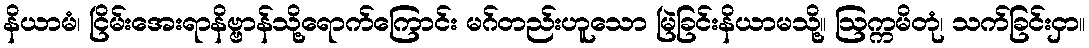
နိယာမံ၊ ငြိမ်းအေးရာနိဗ္ဗာန်သို့ရောက်ကြောင်း မဂ်တည်းဟူသော မြဲခြင်းနိယာမသို့။ ဩက္ကမိတုံ၊ သက်ခြင်းငှာ။